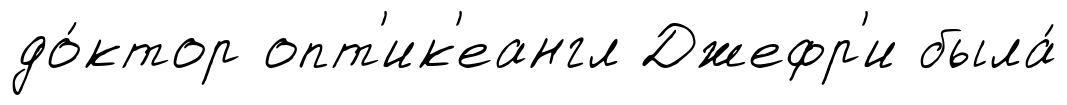
до́ктор опт'ик'еангл Джефр'и была́